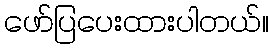
ဖော်ပြပေးထားပါတယ်။